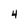
Character: 4